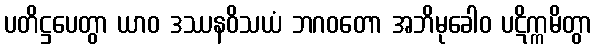
ပတိဋ္ဌပေတွာ ယာဝ ဒဿနဝိသယံ ဘဂဝတော အဘိမုခေါဝ ပဋိက္ကမိတွာ